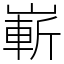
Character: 嶄